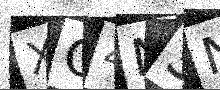
Text: XO4N3N